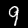
Label: 9